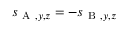
s _ { \mathrm { ~ A ~ } , y , z } = - s _ { \mathrm { ~ B ~ } , y , z }